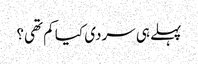
پہلے ہی سردی کیا کم تھی؟